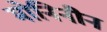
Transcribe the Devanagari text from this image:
मोनिनीन